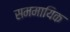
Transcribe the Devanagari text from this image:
सममायिक